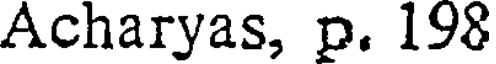
Acharyas, p. 198